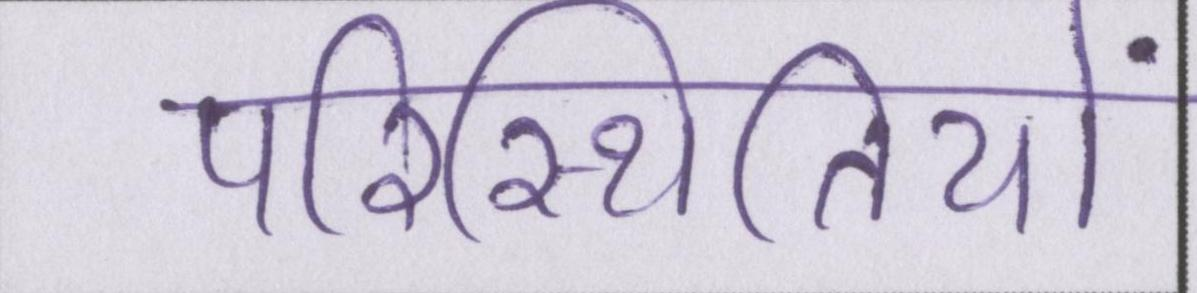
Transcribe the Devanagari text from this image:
परिस्थितियों